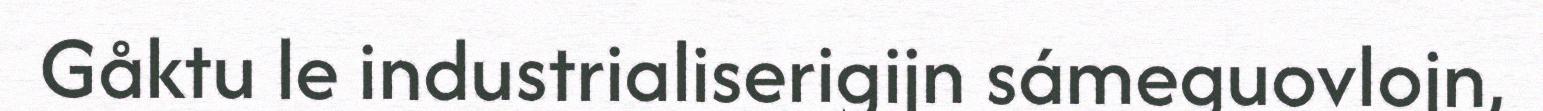
Gåktu le industrialiserigijn sámeguovlojn,